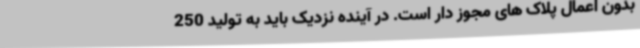
بدون اعمال پلاک های مجوز دار است. در آینده نزدیک باید به تولید 250